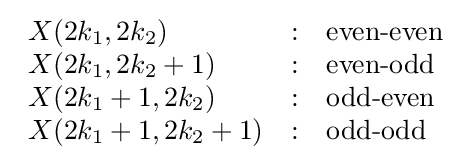
{\begin{array}{lcl}X(2k_{1},2k_{2})&:&{\text{even-even}}\\X(2k_{1},2k_{2}+1)&:&{\text{even-odd}}\\X(2k_{1}+1,2k_{2})&:&{\text{odd-even}}\\X(2k_{1}+1,2k_{2}+1)&:&{\text{odd-odd}}\end{array}}